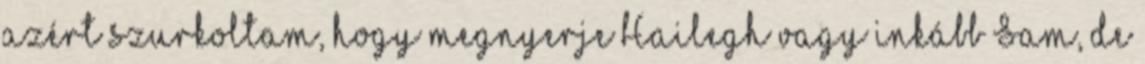
azért szurkoltam, hogy megnyerje Hailegh vagy inkább Sam, de